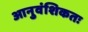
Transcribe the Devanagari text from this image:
आनुवंशिकतः